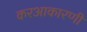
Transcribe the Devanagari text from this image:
करआकारणी